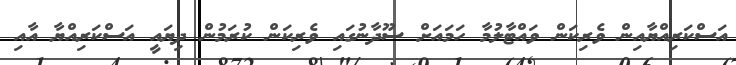
އަސްކަރިއްޔާއިން ވެރިކަން ވައްޓާލުމާ ހަމައަށް ސޫދާނުގައި ވެރިކަން ކުރަމުން ދިޔައީ އަސްކަރިއްޔާ އާއި